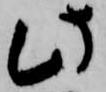
此